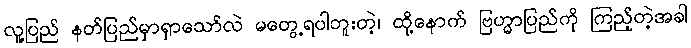
လူ့ပြည် နတ်ပြည်မှာရှာသော်လဲ မတွေ့ရပါဘူးတဲ့၊ ထို့နောက် ဗြဟ္မာပြည်ကို ကြည့်တဲ့အခါ